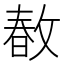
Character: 𢾜